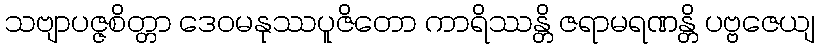
သဗျာပဇ္ဇစိတ္တာ ဒေဝမနုဿပူဇိတော ကာရိဿန္တိ ဇရာမရဏန္တိ ပဗ္ဗဇေယျ